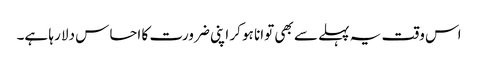
اس وقت یہ پہلے سے بھی توانا ہو کر اپنی ضرورت کا احساس دلا رہا ہے۔